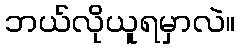
ဘယ်လိုယူရမှာလဲ။